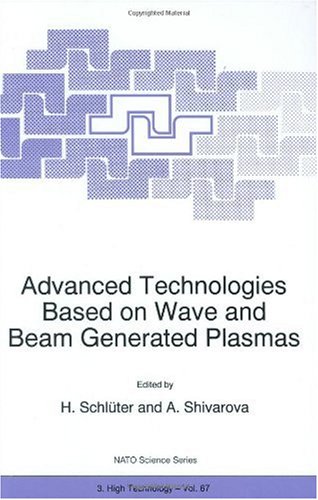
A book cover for Advanced Technologies Based on Wave and Beam Generated Plasmas (Nato Science Partnership Subseries: 3); Science & Math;